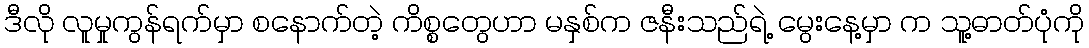
ဒီလို လူမှုကွန်ရက်မှာ စနောက်တဲ့ ကိစ္စတွေဟာ မနှစ်က ဇနီးသည်ရဲ့ မွေးနေ့မှာ က သူ့ဓာတ်ပုံကို